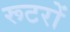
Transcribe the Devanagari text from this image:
रूटरों